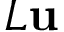
{ \cal L } \mathbf { u }